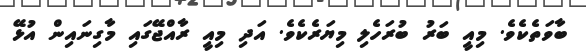
ބާވަތެކެވެ. މިއީ ބަރު ބުރަހެލި މިޔަރެކެވެ. އަދި މިއީ ރާއްޖޭގައި މާގިނައިން އުޅޭ